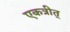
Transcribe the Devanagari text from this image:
एकत्रीत्